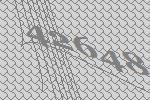
42648